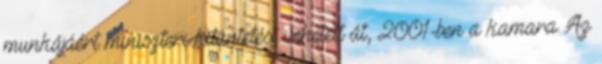
munkájáért miniszteri kitüntetést vehetett át, 2001-ben a kamara Az